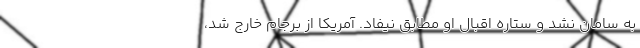
به سامان نشد و ستاره اقبال او مطابق نیفاد. آمریکا از برجام خارج شد،